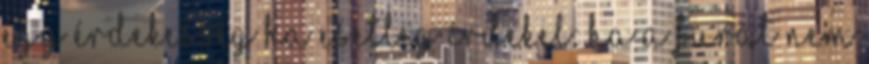
Egy érdekesség ha esetleg érdekel: Ha a furat nem